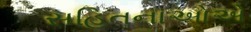
સહિતનાઓએ